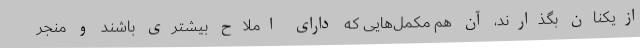
ازیکنان بگذارند، آن‌ هم مکمل‌هایی که دارای املاح بیشتری باشند و منجر